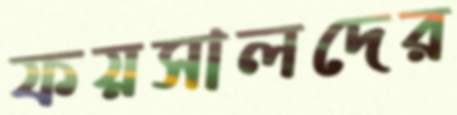
ফয়সালদের